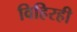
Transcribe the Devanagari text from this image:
विहिरही